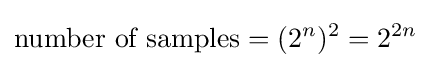
{\mbox{number of samples}}=(2^{n})^{2}=2^{2n}